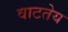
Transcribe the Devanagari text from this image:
वाटतेय